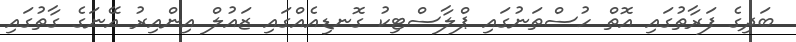
ބަދިގެ ފަރާތުގައި އޮތް ހުސްތަނުގައި ޕްލާސްޓިކު ގޮނޑިއެއްގައި ޒައުލް އިންއިރު އޭނަގެ ގާތުގައި